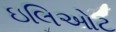
ઇલિઓટ